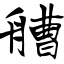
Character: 艚